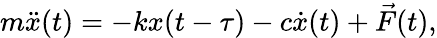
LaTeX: m\ddot{x}(t)=-kx(t-\tau)-c\dot{x}(t)+\vec{F}(t),